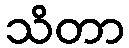
သိတာ